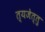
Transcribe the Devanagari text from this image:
त्यजेत्तु